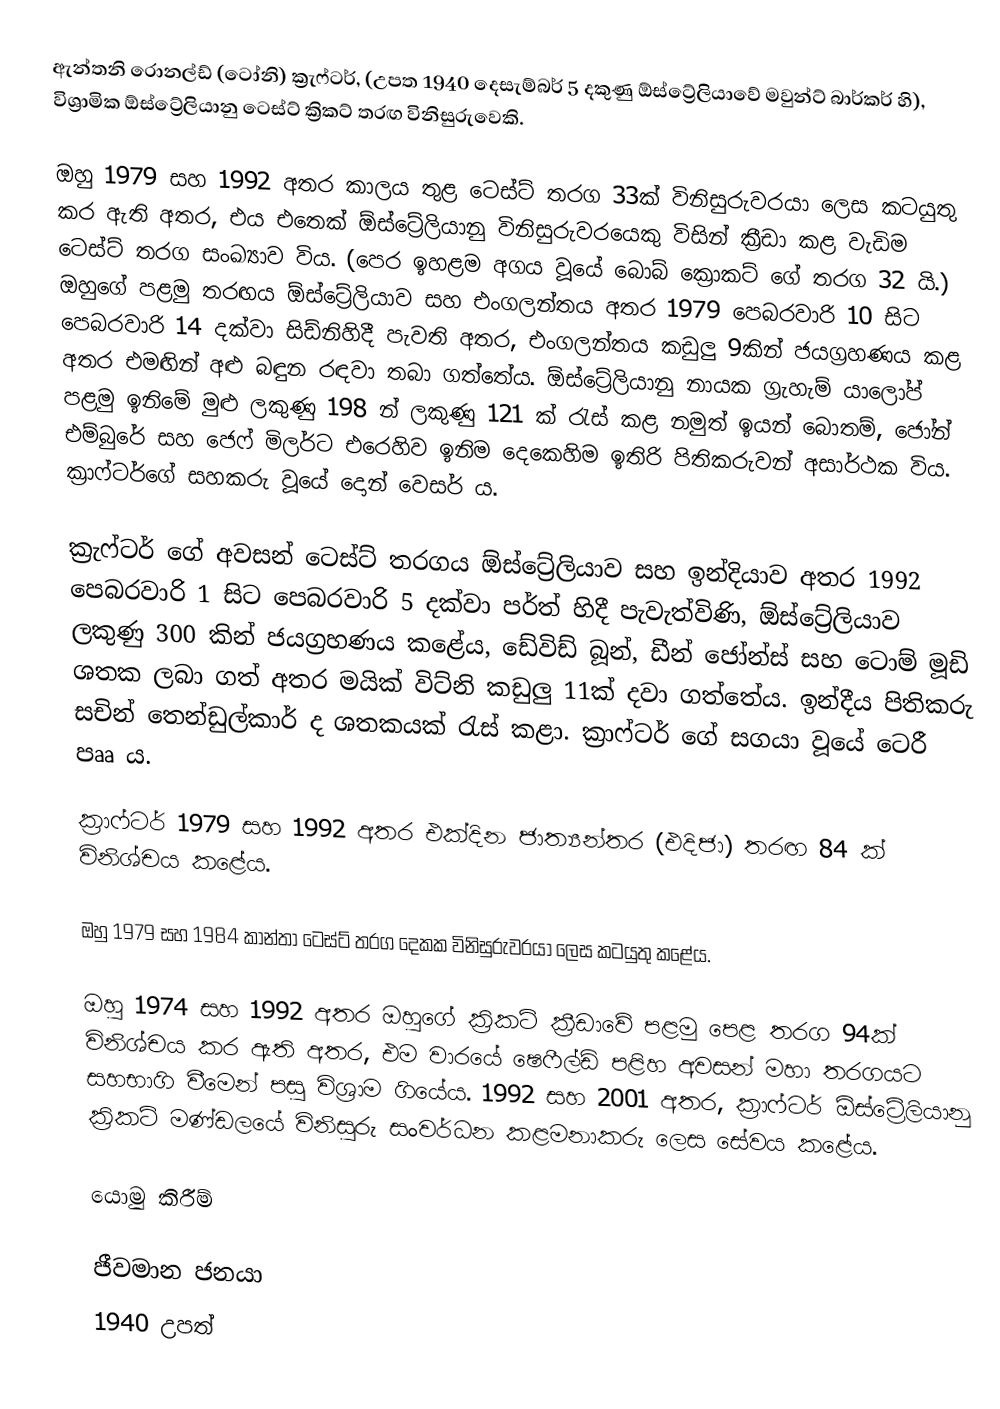
ඇන්තනි රොනල්ඩ් (ටෝනි) ක්‍රැෆ්ටර්, (උපත 1940 දෙසැම්බර් 5 දකුණු ඕස්ට්‍රේලියාවේ මවුන්ට් බාර්කර් හි), විශ්‍රාමික ඕස්ට්‍රේලියානු ටෙස්ට් ක්‍රිකට් තරඟ විනිසුරුවෙකි.

ඔහු 1979 සහ 1992 අතර කාලය තුළ ටෙස්ට් තරග 33ක් විනිසුරුවරයා ලෙස කටයුතු කර ඇති අතර, එය එතෙක් ඕස්ට්‍රේලියානු විනිසුරුවරයෙකු විසින් ක්‍රීඩා කළ වැඩිම ටෙස්ට් තරග සංඛ්‍යාව විය. (පෙර ඉහළම අගය වූයේ බොබ් ක්‍රොකට් ගේ තරග 32 යි.) ඔහුගේ පළමු තරඟය ඕස්ට්‍රේලියාව සහ එංගලන්තය අතර 1979 පෙබරවාරි 10 සිට පෙබරවාරි 14 දක්වා සිඩ්නිහිදී පැවති අතර, එංගලන්තය කඩුලු 9කින් ජයග්‍රහණය කළ අතර එමඟින් අළු බඳුන රඳවා තබා ගත්තේය. ඕස්ට්‍රේලියානු නායක ග්‍රැහැම් යාලෝප් පළමු ඉනිමේ මුළු ලකුණු 198 න් ලකුණු 121 ක් රැස් කළ නමුත් ඉයන් බොතම්, ජෝන් එම්බුරේ සහ ජෙෆ් මිලර්ට එරෙහිව ඉනිම දෙකෙහිම ඉතිරි පිතිකරුවන් අසාර්ථක විය. ක්‍රාෆ්ටර්ගේ සහකරු වූයේ දොන් වෙසර් ය.

ක්‍රැෆ්ටර් ගේ අවසන් ටෙස්ට් තරගය ඕස්ට්‍රේලියාව සහ ඉන්දියාව අතර 1992 පෙබරවාරි 1 සිට පෙබරවාරි 5 දක්වා පර්ත් හිදී පැවැත්විණි, ඕස්ට්‍රේලියාව ලකුණු 300 කින් ජයග්‍රහණය කළේය, ඩේවිඩ් බූන්, ඩීන් ජෝන්ස් සහ ටොම් මූඩි ශතක ලබා ගත් අතර මයික් විට්නි කඩුලු 11ක් දවා ගත්තේය. ඉන්දීය පිතිකරු සචින් තෙන්ඩුල්කාර් ද ශතකයක් රැස් කළා. ක්‍රාෆ්ටර් ගේ සගයා වූයේ ටෙරී පෲ ය.

ක්‍රාෆ්ටර් 1979 සහ 1992 අතර එක්දින ජාත්‍යන්තර (එදිජා) තරඟ 84 ක් විනිශ්චය කළේය.

ඔහු 1979 සහ 1984 කාන්තා ටෙස්ට් තරග දෙකක විනිසුරුවරයා ලෙස කටයුතු කළේය.

ඔහු 1974 සහ 1992 අතර ඔහුගේ ක්‍රිකට් ක්‍රීඩාවේ පළමු පෙළ තරග 94ක් විනිශ්චය කර ඇති අතර, එම වාරයේ ෂෙෆීල්ඩ් පළිහ අවසන් මහා තරගයට සහභාගි වීමෙන් පසු විශ්‍රාම ගියේය. 1992 සහ 2001 අතර, ක්‍රාෆ්ටර් ඕස්ට්‍රේලියානු ක්‍රිකට් මණ්ඩලයේ විනිසුරු සංවර්ධන කළමනාකරු ලෙස සේවය කළේය.

යොමු කිරීම්

ජීවමාන ජනයා
1940 උපත්